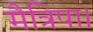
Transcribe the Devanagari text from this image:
मैत्रिपा।